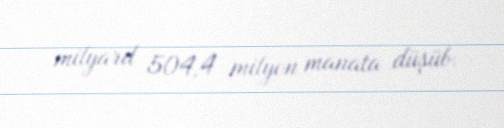
milyard 504,4 milyon manata düşüb.